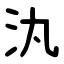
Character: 汍